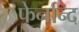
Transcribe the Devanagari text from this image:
फेर्नान्द